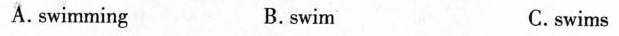
A.swimming B.swim C.swims